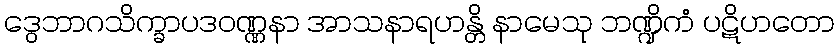
ဒွေဘာဂသိက္ခာပဒဝဏ္ဏနာ အာသနာရဟန္တိ နာမေသု ဘဏ္ဍိကံ ပဋိဟတော